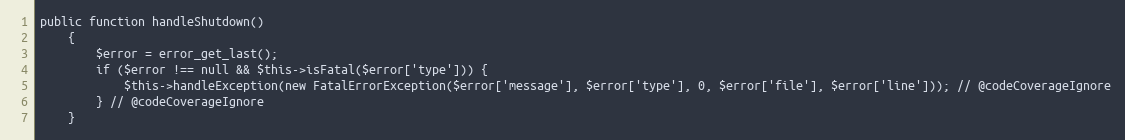
Language: PHP
public function handleShutdown()
    {
        $error = error_get_last();
        if ($error !== null && $this->isFatal($error['type'])) {
            $this->handleException(new FatalErrorException($error['message'], $error['type'], 0, $error['file'], $error['line'])); // @codeCoverageIgnore
        } // @codeCoverageIgnore
    }